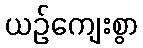
ယဉ်ကျေးစွာ